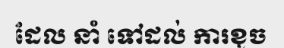
ដែល នាំ ទៅដល់ ការខូច